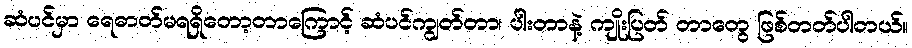
ဆံပင်မှာ ရေဓာတ်မရရှိတော့တာကြောင့် ဆံပင်ကျွတ်တာ၊ ပါးတာနဲ့ ကျိုးပြတ် တာတွေ ဖြစ်တတ်ပါတယ်။